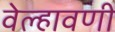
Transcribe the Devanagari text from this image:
वेल्हावणी